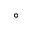
^ { \circ }